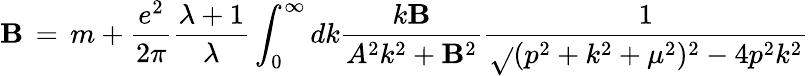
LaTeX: \mathbf{B}\, =\, m+\frac{{e^{2}}}{{2\pi}}\frac{{\lambda+1}}{{\lambda}}\int_{0}^{\infty}dk\frac{{k\mathbf{B}}}{{A^{2}k^{2}+\mathbf{B}^{2}}}\frac{{1}}{{\sqrt{}{{(p^{2}+k^{2}+\mu^{2})^{2}-4p^{2}k^{2}}}}}